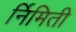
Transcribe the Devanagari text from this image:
र्निमिती